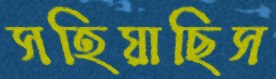
সহিয়াছিস